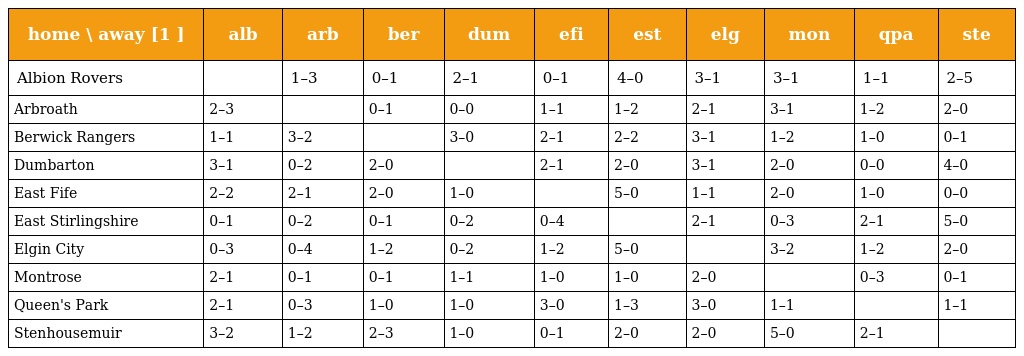
| home \ away [1 ] | alb | arb | ber | dum | efi | est | elg | mon | qpa | ste |
 | --- | --- | --- | --- | --- | --- | --- | --- | --- | --- | --- |
 | Albion Rovers |  | 1–3 | 0–1 | 2–1 | 0–1 | 4–0 | 3–1 | 3–1 | 1–1 | 2–5 |
 | Arbroath | 2–3 |  | 0–1 | 0–0 | 1–1 | 1–2 | 2–1 | 3–1 | 1–2 | 2–0 |
 | Berwick Rangers | 1–1 | 3–2 |  | 3–0 | 2–1 | 2–2 | 3–1 | 1–2 | 1–0 | 0–1 |
 | Dumbarton | 3–1 | 0–2 | 2–0 |  | 2–1 | 2–0 | 3–1 | 2–0 | 0–0 | 4–0 |
 | East Fife | 2–2 | 2–1 | 2–0 | 1–0 |  | 5–0 | 1–1 | 2–0 | 1–0 | 0–0 |
 | East Stirlingshire | 0–1 | 0–2 | 0–1 | 0–2 | 0–4 |  | 2–1 | 0–3 | 2–1 | 5–0 |
 | Elgin City | 0–3 | 0–4 | 1–2 | 0–2 | 1–2 | 5–0 |  | 3–2 | 1–2 | 2–0 |
 | Montrose | 2–1 | 0–1 | 0–1 | 1–1 | 1–0 | 1–0 | 2–0 |  | 0–3 | 0–1 |
 | Queen's Park | 2–1 | 0–3 | 1–0 | 1–0 | 3–0 | 1–3 | 3–0 | 1–1 |  | 1–1 |
 | Stenhousemuir | 3–2 | 1–2 | 2–3 | 1–0 | 0–1 | 2–0 | 2–0 | 5–0 | 2–1 |  |